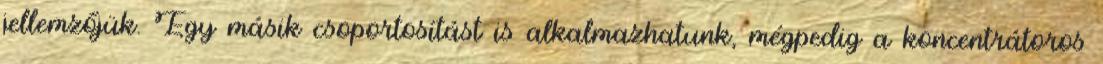
jellemzőjük. Egy másik csoportosítást is alkalmazhatunk, mégpedig a koncentrátoros